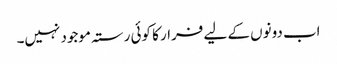
اب دونوں کے لیے فرار کا کوئی رستہ موجود نہیں۔